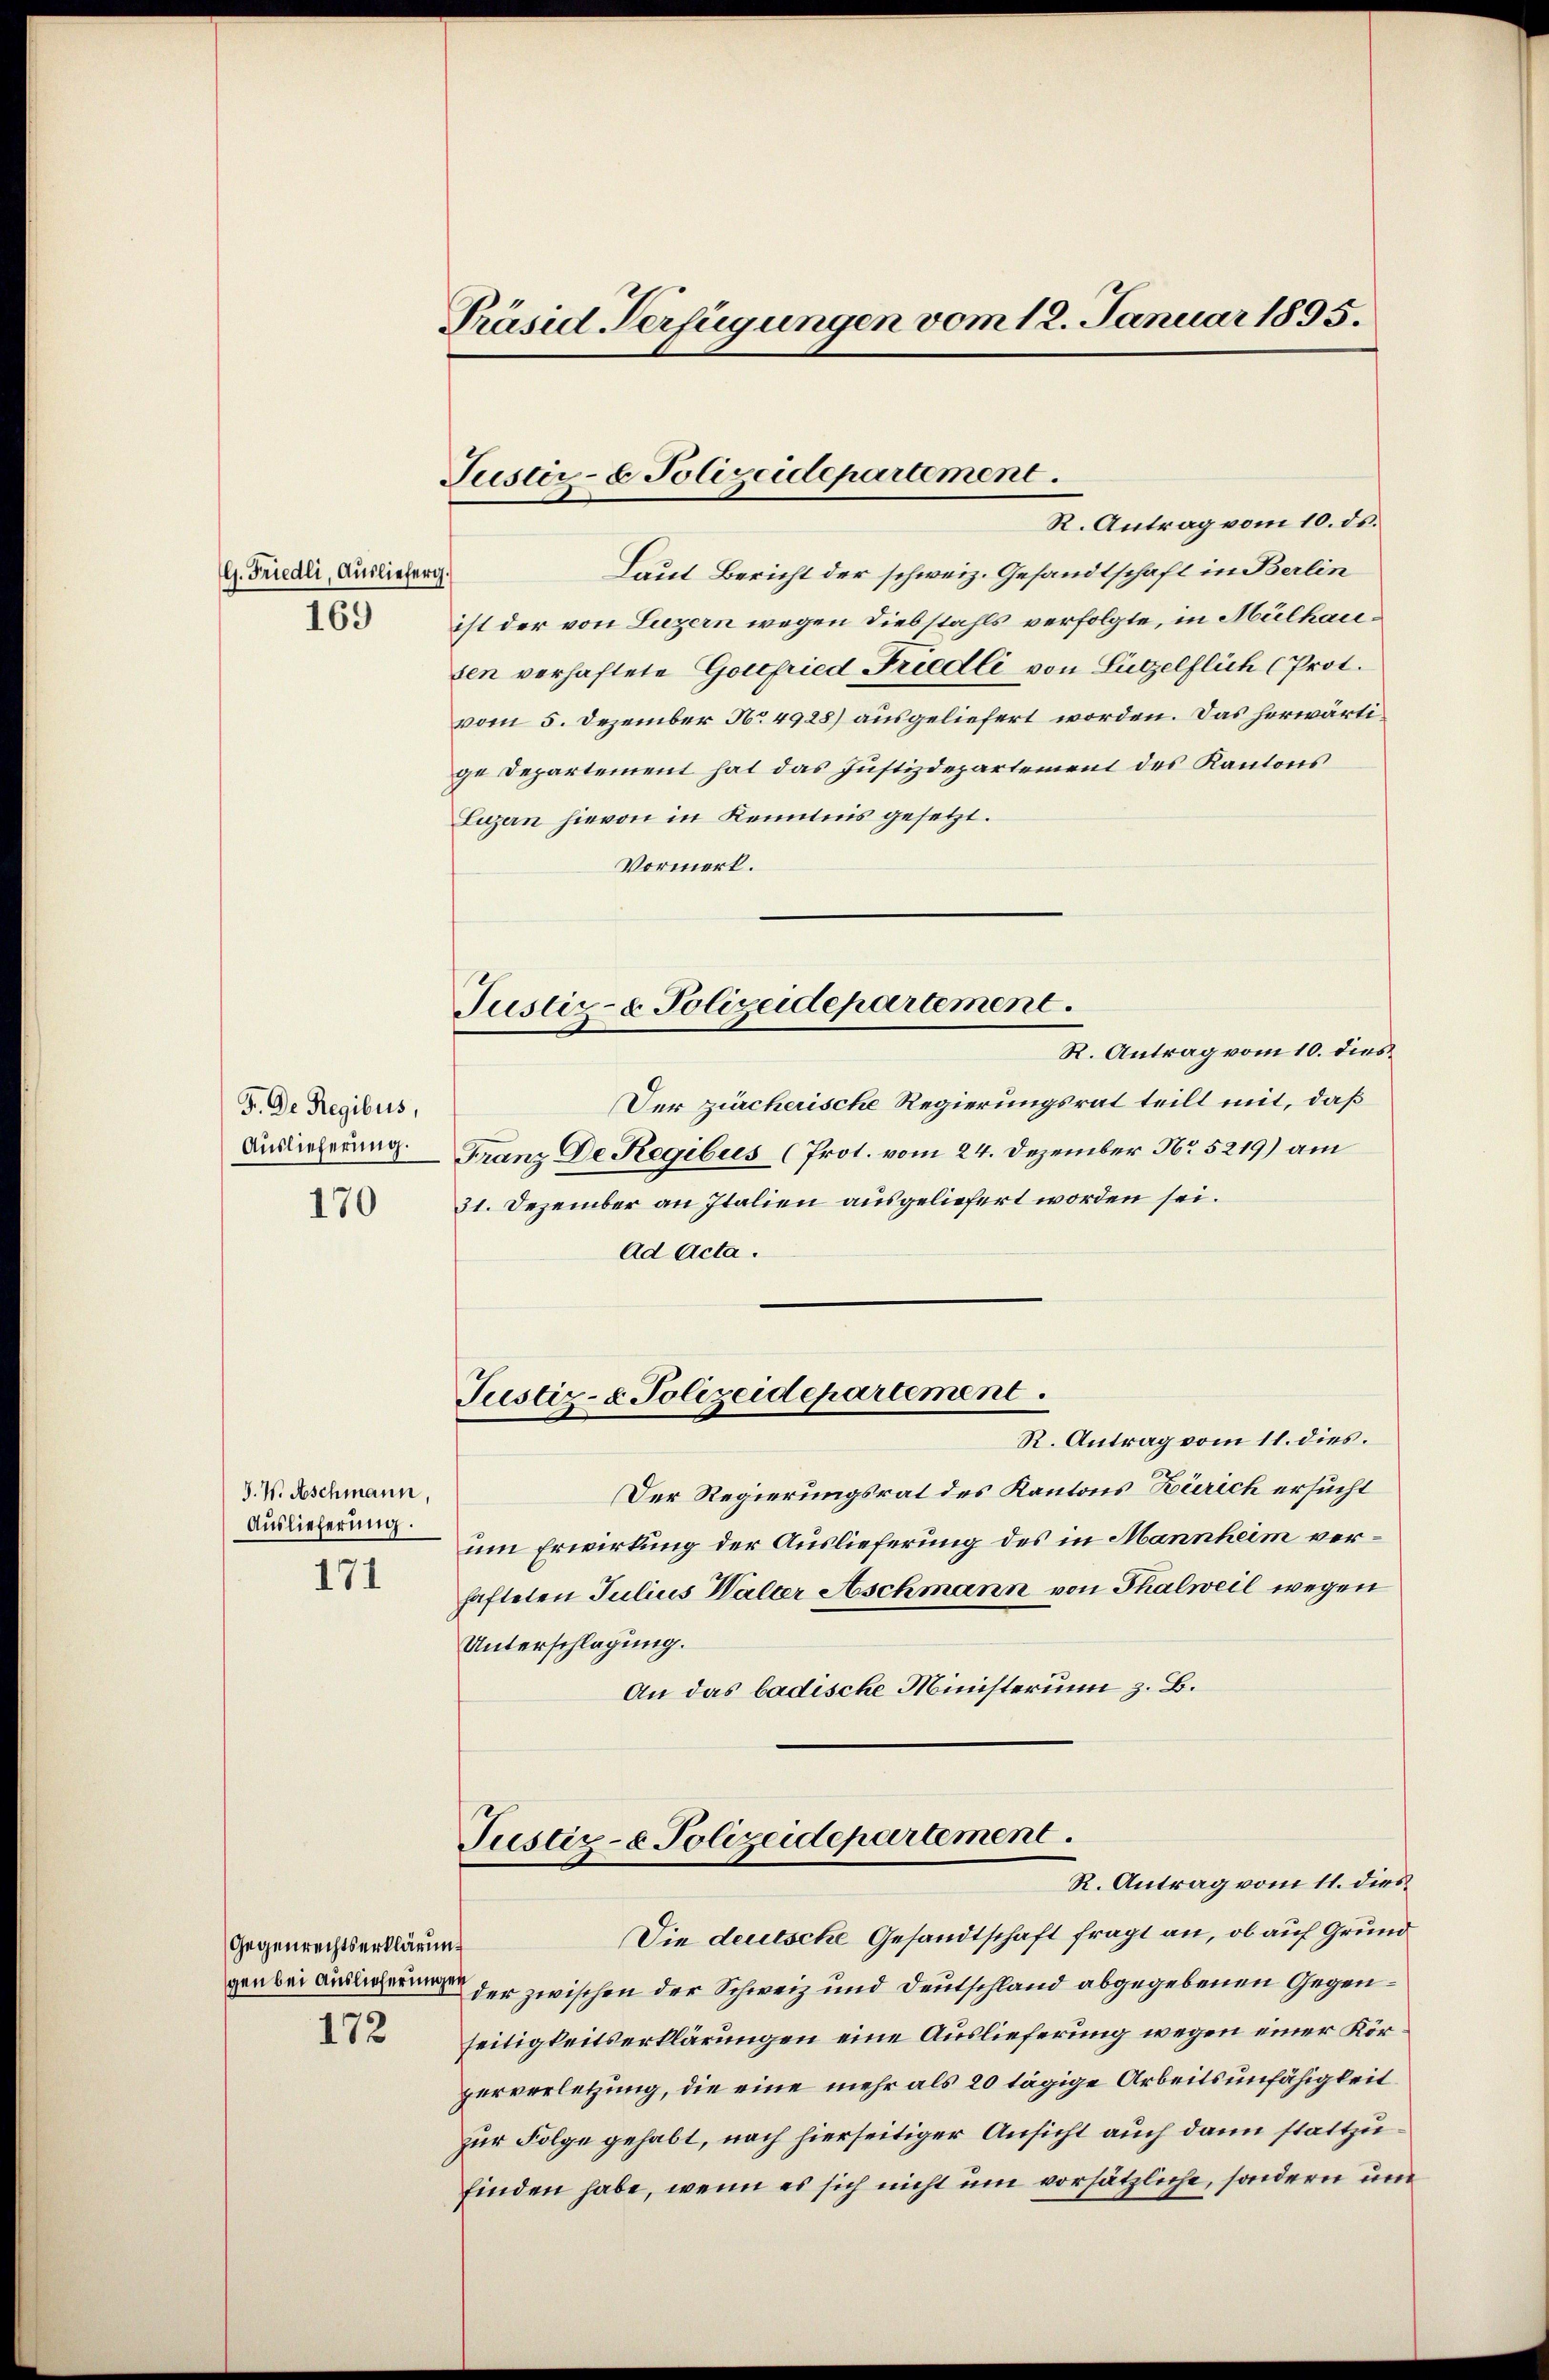
G. Friedli, Ausliefer
169

F. Der Regibus,
Auslieferung.
170

J. V. Aschmann,
Auslieferung.
171

Gegenrechtserklärung
172

Präsid Verfügungen vom 12. Januar 1895.

Justiz- & Polizeidepartement.

Justiz- & Polizeidepartement.

R. Antrag vom 10. ds.
Laut Bericht der schweiz. Gesandtschaft in Berlin
4
ist der von Luzern wegen Diebstahls verfolgte, in Mülhausen verhaftete Gottfried Friedli von Lützelflich (Prot.
vom 5. Dezember No. 4928) ausgeliefert worden. Das horwärtige Departement hat das Justizdepartement des Kantons
Luzern hievon in Kenntnis gesetzt.
Vormerk.
R. Antrag vom 10. dies
Der zürcherische Regierungsrat teilt mit, daß
Franz De Regibus (Prot. vom 24. Dezember No 5219) am
31. Dezember an Italien ausgeliefert worden sei.
Ad Acta.
Pustiz- & Polizeidepartement.
R. Antrag vom 11. dies.
Der Regierungsrat des Kantons Zürich ersucht
um Erwirkung der Auslieferung des in Mannheim verhafteten Julius Walter Aschmann von Thalweil wegen
Unterschlagung.
An das badische Ministerim z. B.
Pustiz- & Polizeidepartement.
R. Antrag vom 11. dies
Die deutsche Gesandtschaft fragt an, ob auf Grund
gen bei der zwischen der Schweiz und Deutschland abgegebenen Gegenseitigkeitserklärungen eine Auslieferung wegen einer Körperverletzung, die eine mehr als 20 tägige Arbeitsunfähigkeit
zur Folge gehabt, nach hierseitiger Ansicht auch dann stattzufinden habe, wenn es sich nicht um vorsätzliche, sondern un